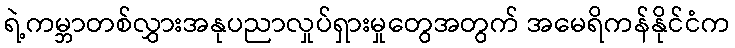
ရဲ့ကမ္ဘာတစ်လွှားအနုပညာလှုပ်ရှားမှုတွေအတွက် အမေရိကန်နိုင်ငံက